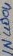
Text: IN4004